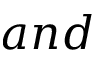
a n d